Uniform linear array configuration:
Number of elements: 8
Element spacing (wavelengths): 0.75
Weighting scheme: hamming
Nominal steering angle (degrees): -60
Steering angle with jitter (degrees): -60.605
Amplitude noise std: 0.05
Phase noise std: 0.05

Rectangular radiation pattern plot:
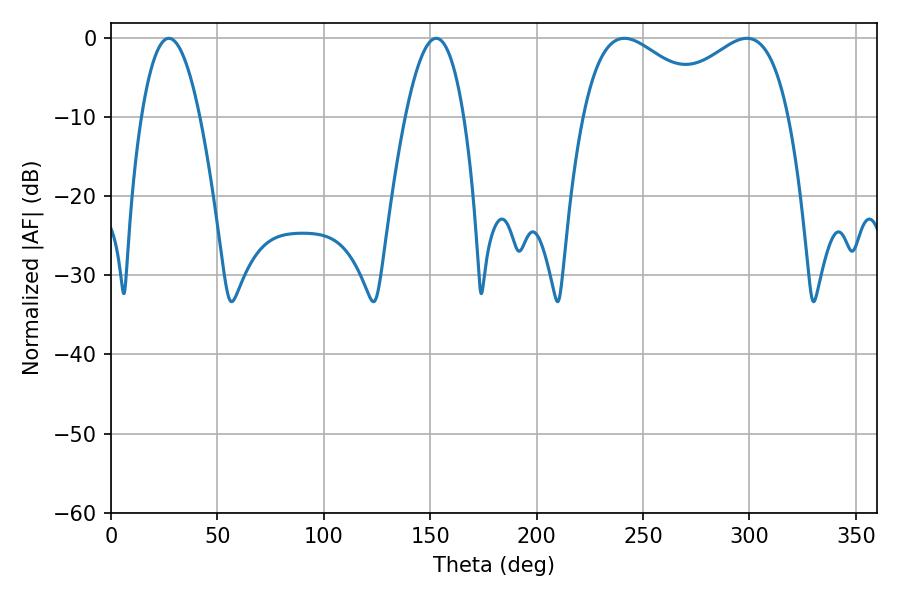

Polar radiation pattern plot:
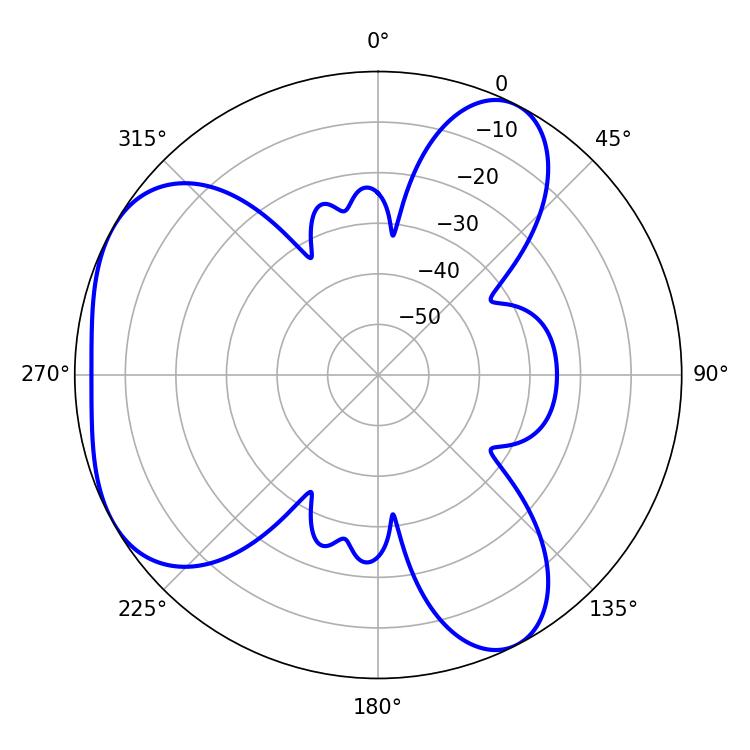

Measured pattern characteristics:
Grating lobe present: TRUE
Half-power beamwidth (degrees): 14.94
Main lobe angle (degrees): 27.18